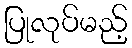
ပြုလုပ်မည့်